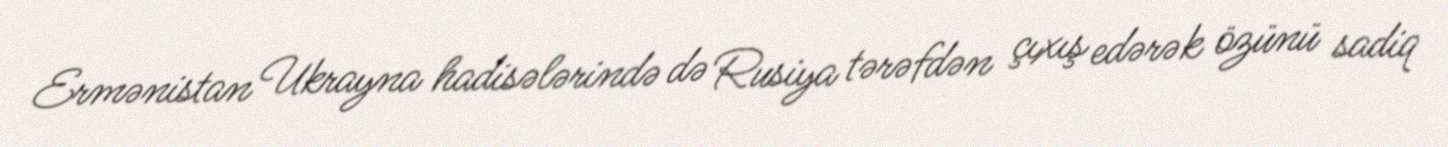
Ermənistan Ukrayna hadisələrində də Rusiya tərəfdən çıxış edərək özünü sadiq